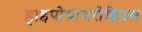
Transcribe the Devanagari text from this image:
हाइपोथायरोडिज्म